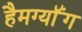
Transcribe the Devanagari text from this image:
हैमग्यॉंग